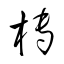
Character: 榑